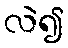
လဲ၍